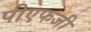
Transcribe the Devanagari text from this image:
पीएफजी